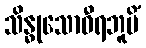
သိန္ဓုသောဝီရဘူမိံ